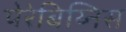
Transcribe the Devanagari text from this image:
पेरेबिय्निस